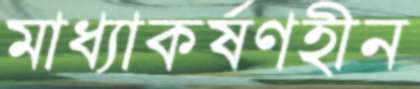
মাধ্যাকর্ষণহীন